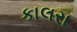
કાલરા